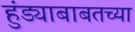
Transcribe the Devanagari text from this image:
हुंड्याबाबतच्या